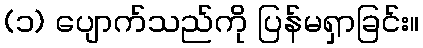
(၁) ပျောက်သည်ကို ပြန်မရှာခြင်း။